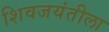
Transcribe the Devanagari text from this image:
शिवजयंतीला